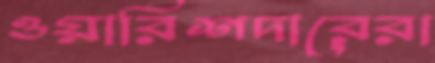
ওয়ারিশদারেরা